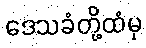
ဒေသခံတို့ထံမှ